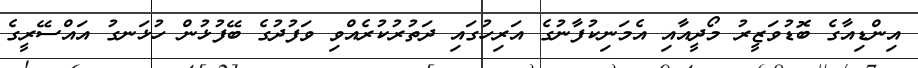
އިންޑިއާގެ ބޮޑުވަޒީރު މޯދީއާއި އެމަނިކުފާނުގެ އަރިހުގައި ދަތުރުކުރެއްވި ވަފުދުގެ ބޭފުޅުން ހުޅަނގު އައްސޭރީގެ